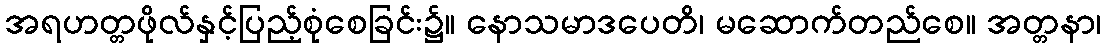
အရဟတ္တဖိုလ်နှင့်ပြည့်စုံစေခြင်း၌။ နောသမာဒပေတိ၊ မဆောက်တည်စေ။ အတ္တနာ၊